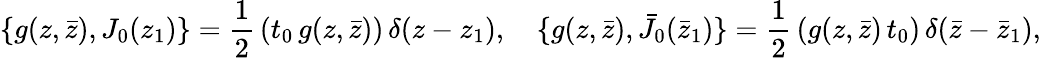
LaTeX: \{ g(z,\bar{z}),J_{0}(z_{1})\} =\frac{1}{2}\, (t_{0}\, g(z,\bar{z}))\, \delta(z-z_{1}),~~~~\{ g(z,\bar{z}),\bar{J}_{0}(\bar{z}_{1})\} =\frac{1}{2}\, (g(z,\bar{z})\, t_{0})\, \delta(\bar{z}-\bar{z}_{1}),